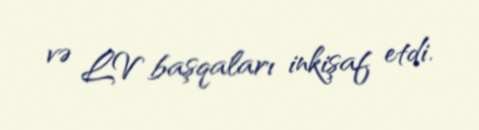
və LV başqaları inkişaf etdi.